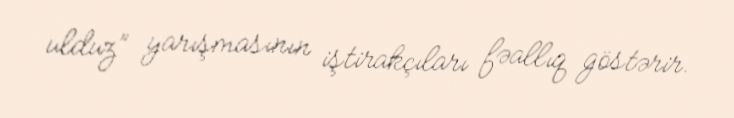
ulduz” yarışmasının iştirakçıları fəallıq göstərir.